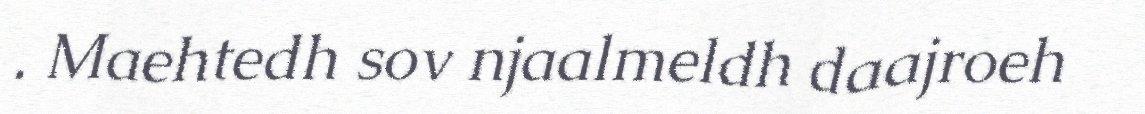
. Maehtedh sov njaalmeldh daajroeh